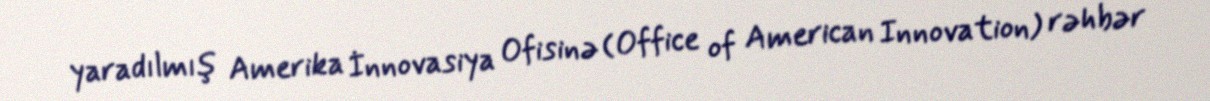
yaradılmış Amerika İnnovasiya Ofisinə (Office of American Innovation) rəhbər